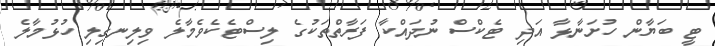
ޓީ ބަޔާން ހުށަނާޅާ އަދި ޓެކްސް ނުދައްކާ ފަރާތްތަކުގެ ލިސްޓެކެވެމާލެ ވިލިނގިލި ހުޅުމާލެ